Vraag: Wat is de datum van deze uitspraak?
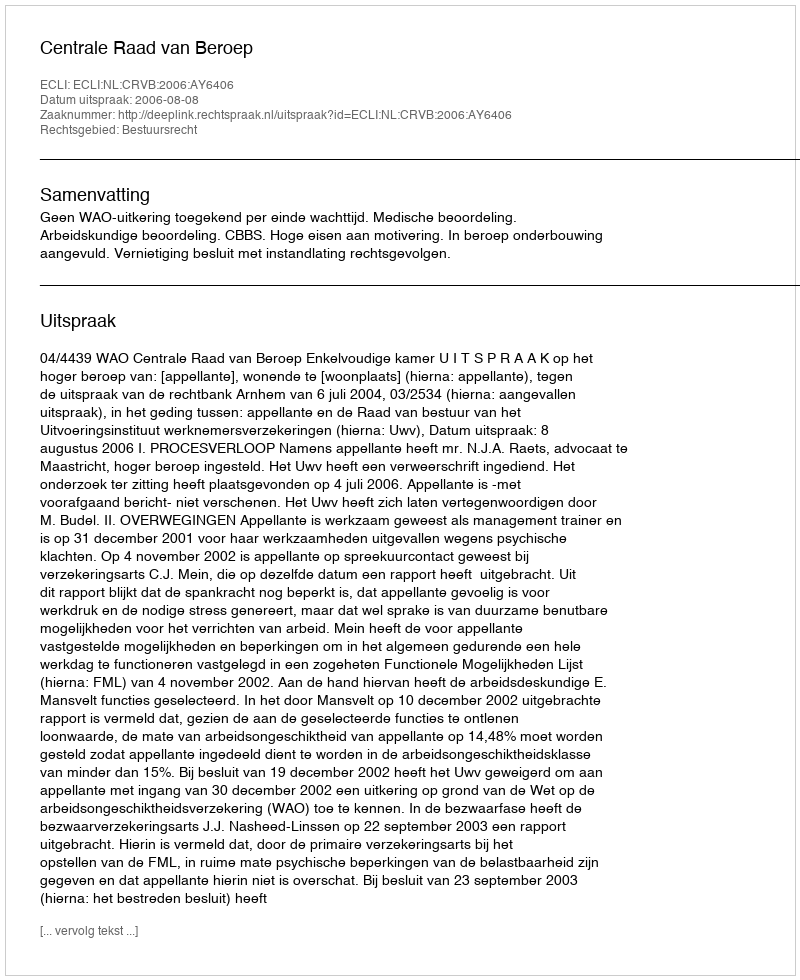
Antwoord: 2006-08-08